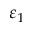
\varepsilon _ { 1 }